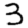
Digit: 3